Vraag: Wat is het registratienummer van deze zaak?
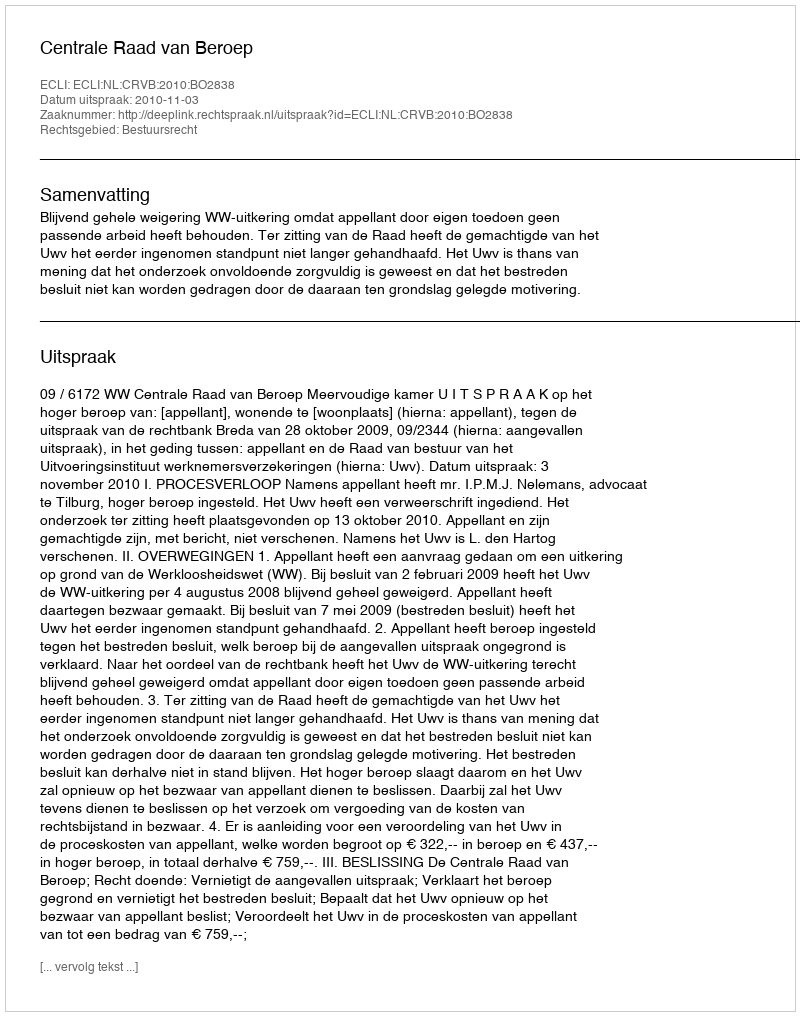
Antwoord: http://deeplink.rechtspraak.nl/uitspraak?id=ECLI:NL:CRVB:2010:BO2838